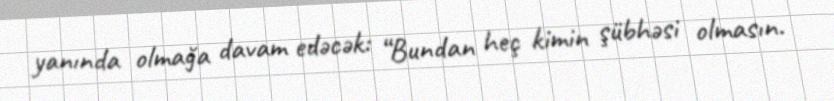
yanında olmağa davam edəcək: “Bundan heç kimin şübhəsi olmasın.